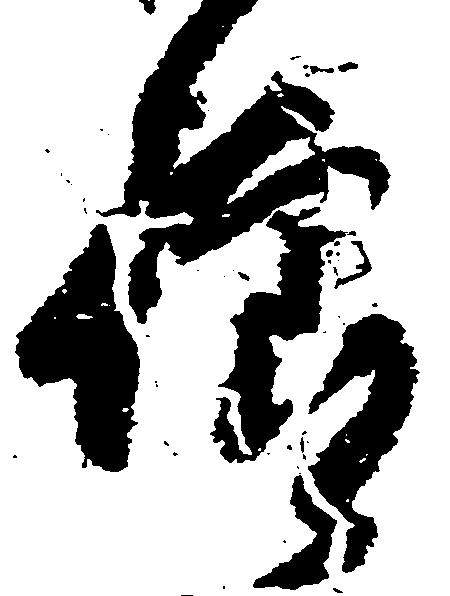
様